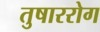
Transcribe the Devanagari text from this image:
तुषाररोग